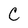
Character: c